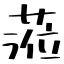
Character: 蒞